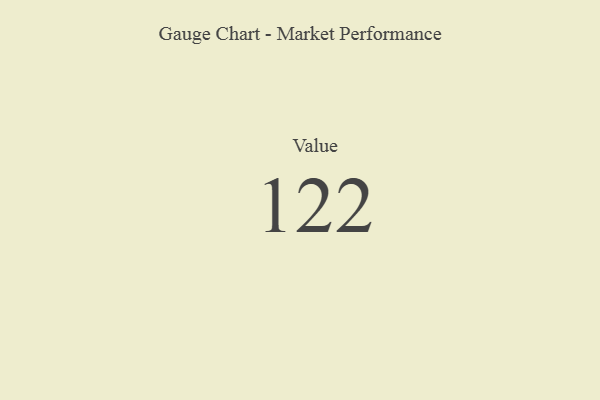
{"axis": {"x": "Metric", "y": "Value"}, "legend": [""], "data": [{"x": "Value", "y": 122, "type": ""}]}